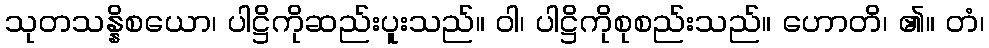
သုတသန္နိစယော၊ ပါဋ္ဌိကိုဆည်းပူးသည်။ ဝါ၊ ပါဋ္ဌိကိုစုစည်းသည်။ ဟောတိ၊ ၏။ တံ၊